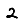
Digit: 2